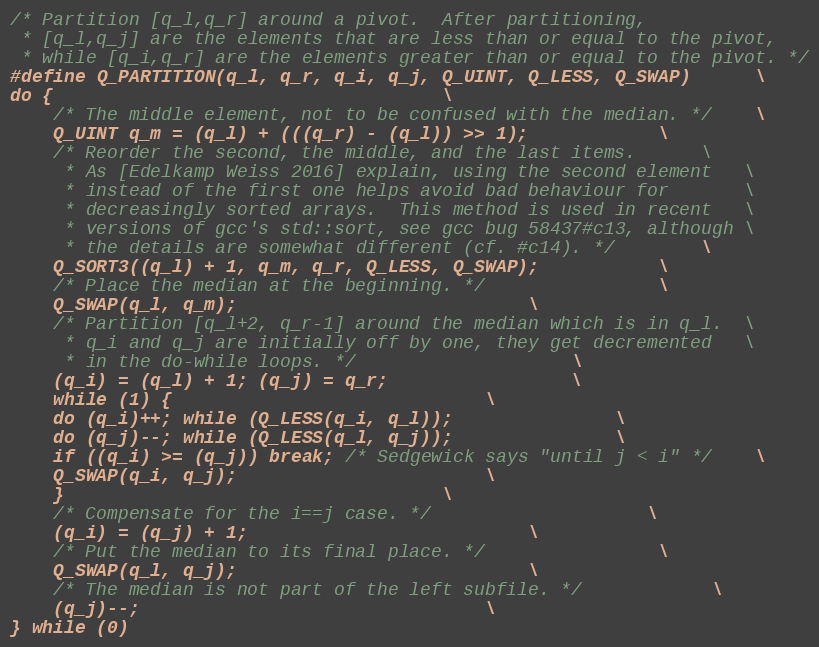
Language: C
/* Partition [q_l,q_r] around a pivot.  After partitioning,
 * [q_l,q_j] are the elements that are less than or equal to the pivot,
 * while [q_i,q_r] are the elements greater than or equal to the pivot. */
#define Q_PARTITION(q_l, q_r, q_i, q_j, Q_UINT, Q_LESS, Q_SWAP)		\
do {									\
    /* The middle element, not to be confused with the median. */	\
    Q_UINT q_m = (q_l) + (((q_r) - (q_l)) >> 1);			\
    /* Reorder the second, the middle, and the last items.		\
     * As [Edelkamp Weiss 2016] explain, using the second element	\
     * instead of the first one helps avoid bad behaviour for		\
     * decreasingly sorted arrays.  This method is used in recent	\
     * versions of gcc's std::sort, see gcc bug 58437#c13, although	\
     * the details are somewhat different (cf. #c14). */		\
    Q_SORT3((q_l) + 1, q_m, q_r, Q_LESS, Q_SWAP);			\
    /* Place the median at the beginning. */				\
    Q_SWAP(q_l, q_m);							\
    /* Partition [q_l+2, q_r-1] around the median which is in q_l.	\
     * q_i and q_j are initially off by one, they get decremented	\
     * in the do-while loops. */					\
    (q_i) = (q_l) + 1; (q_j) = q_r;					\
    while (1) {								\
	do (q_i)++; while (Q_LESS(q_i, q_l));				\
	do (q_j)--; while (Q_LESS(q_l, q_j));				\
	if ((q_i) >= (q_j)) break; /* Sedgewick says "until j < i" */	\
	Q_SWAP(q_i, q_j);						\
    }									\
    /* Compensate for the i==j case. */					\
    (q_i) = (q_j) + 1;							\
    /* Put the median to its final place. */				\
    Q_SWAP(q_l, q_j);							\
    /* The median is not part of the left subfile. */			\
    (q_j)--;								\
} while (0)